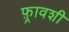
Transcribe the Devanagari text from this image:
फ़्रावशी